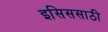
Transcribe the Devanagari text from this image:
इसिससाठी